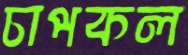
চাপকল